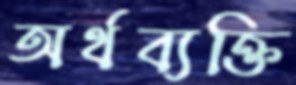
অর্থব্যক্তি